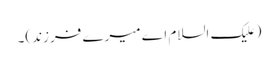
(علیک السلام اے میرے فرزند)۔